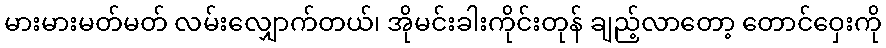
မားမားမတ်မတ် လမ်းလျှောက်တယ်၊ အိုမင်းခါးကိုင်းတုန် ချည့်လာတော့ တောင်ဝှေးကို